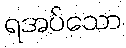
ရအပ်သော